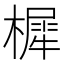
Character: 樨